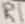
Text: R1